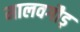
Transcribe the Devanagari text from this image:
मालवगौड़